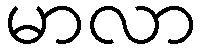
မာလာ